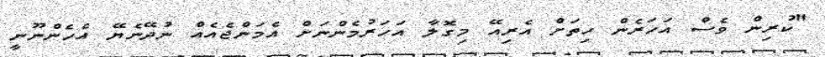
"ކުރިން ވެސް އަހަރެން ހިތަށް އެރިއޭ މިގޮލާ އަހަރުމެންނަށް އެމަންޖެއެއް ނުދޭނެޔޭ އެހެންނޫނީ